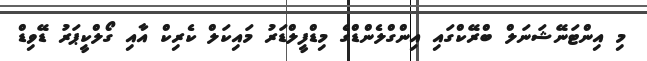
މި އިންޓަނޭޝަނަލް ބްރޭކްގައި އިންގްލެންޑްގެ މިޑްފީލްޑަރު މައިކަލް ކެރިކް އާއި ގޯލްކީޕަރު ޑޭވިޑް